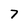
Character: 7